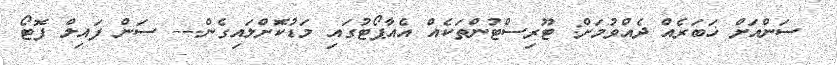
@ ސަންއަށް ޚަބަރެއް ދެއްވުމަށް: ޓޫރިސްޓުންތަކެއް އެއާޕޯޓުގައި މަޑުކޮަށްލައިގެން--- ސަން ފައިލް ފޮޓޯ